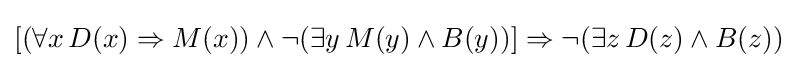
[(\forall x\,D(x)\Rightarrow M(x))\land \neg (\exists y\,M(y)\land B(y))]\Rightarrow \neg (\exists z\,D(z)\land B(z))